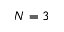
N = 3